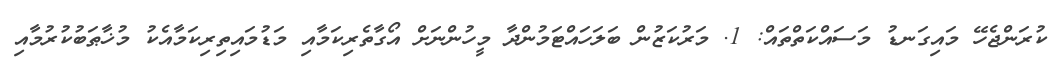
ކުރަންޖެހޭ މައިގަނޑު މަސައްކަތްތައް: 1. މަރުކަޒުން ބަލަހައްޓަމުންދާ މީހުންނަށް އޯގާތެރިކަމާއި މަޑުމައިތިރިކަމާއެކު މުޚާޠަބުކުރުމާއި